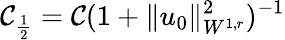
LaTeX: \mathcal{C}_{\frac{{1}}{{2}}}=\mathcal{C}(1+\| u_{0}\| _{W^{1,r}}^{2})^{-1}